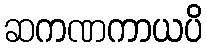
ဆကဏကာယပိ